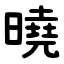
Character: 曉